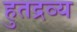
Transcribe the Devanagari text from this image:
हुतद्रव्य